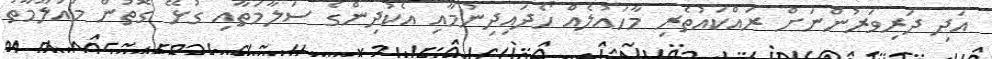
އަދި ދަރިވަރުންނަށް ރައްކައުތެރި މާހައުލެއް ހޯދައިދިނުމާއި އެކުދިންގެ ސަލާމަތާއި ގުޅޭ ގޮތުން މައުލޫމާތު